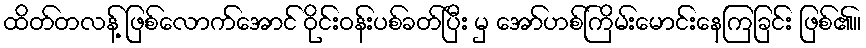
ထိတ်တလန့် ဖြစ်လောက်အောင် ဝိုင်းဝန်းပစ်ခတ်ပြီး မှ အော်ဟစ်ကြိမ်းမောင်းနေကြခြင်း ဖြစ်၏။